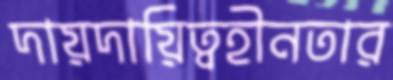
দায়দায়িত্বহীনতার